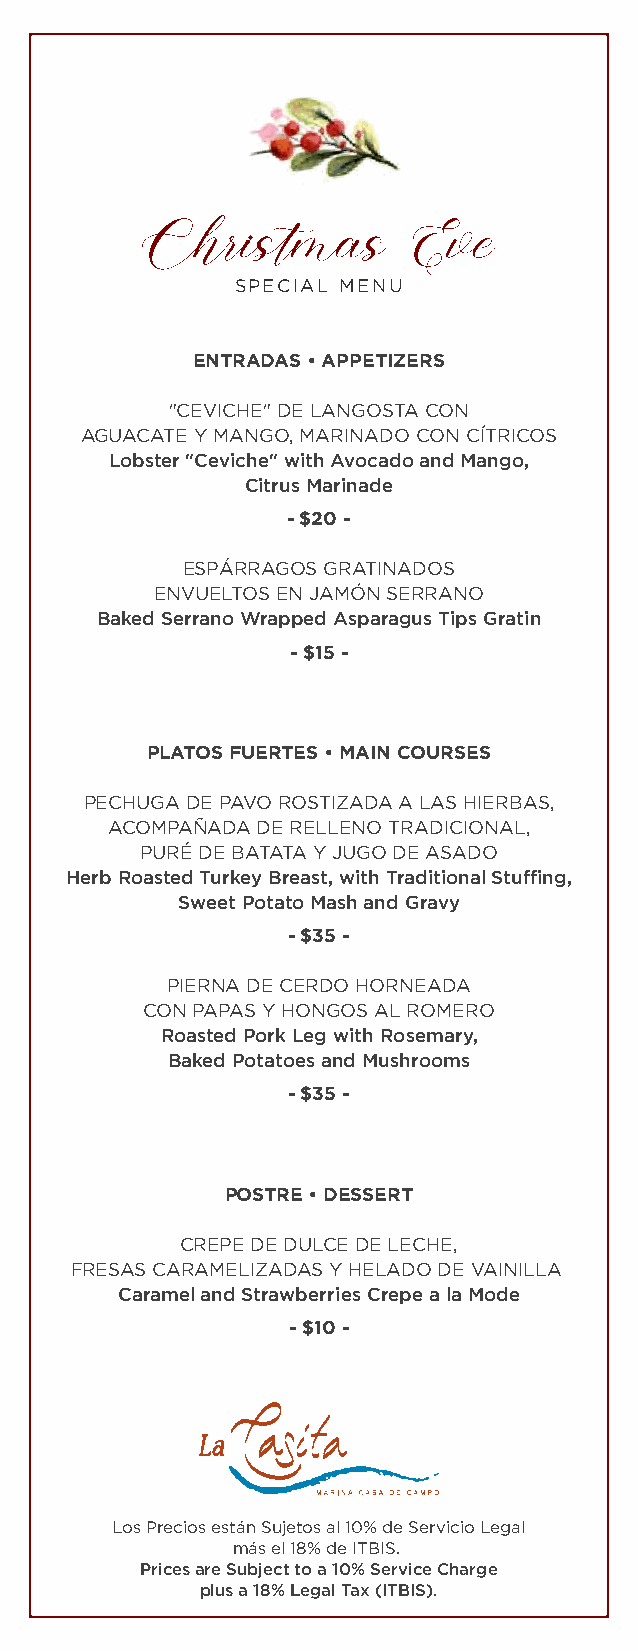
Christmas         Eve
 SPECIAL MENU
 ENTRADAS • APPETIZERS
 "CEVICHE" DE LANGOSTA CON
 AGUACATE Y MANGO, MARINADO CON CÍTRICOS
 Lobster "Ceviche" with Avocado and Mango,
 Citrus Marinade
 - $20 -
 ESPÁRRAGOS GRATINADOS
 ENVUELTOS EN JAMÓN SERRANO
 Baked Serrano Wrapped Asparagus Tips Gratin
 - $15 -
 PLATOS FUERTES • MAIN COURSES
 PECHUGA DE PAVO ROSTIZADA A LAS HIERBAS,
 ACOMPAÑADA DE RELLENO TRADICIONAL,
 PURÉ DE BATATA Y JUGO DE ASADO
 Herb Roasted Turkey Breast, with Traditional Stuffing,
 Sweet Potato Mash and Gravy
 - $35 -
 PIERNA DE CERDO HORNEADA
 CON PAPAS Y HONGOS AL ROMERO
 Roasted Pork Leg with Rosemary,
 Baked Potatoes and Mushrooms
 - $35 -
 POSTRE • DESSERT
 CREPE DE DULCE DE LECHE,
 FRESAS CARAMELIZADAS Y HELADO DE VAINILLA
 Caramel and Strawberries Crepe a la Mode
 - $10 -
 Los Precios están Sujetos al 10% de Servicio Legal
 más el 18% de ITBIS.
 Prices are Subject to a 10% Service Charge
 plus a 18% Legal Tax (ITBIS).